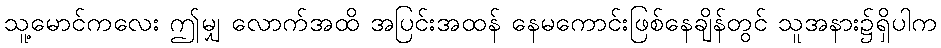
သူ့မောင်ကလေး ဤမျှ လောက်အထိ အပြင်းအထန် နေမကောင်းဖြစ်နေချိန်တွင် သူအနား၌ရှိပါက